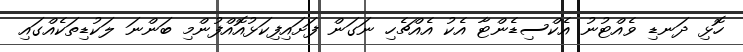
ހޮޅި ދަނޑި ވެއްޓުނު އެކްސިޑެންޓާ އެކު އެއްޗެހި ނަގަން ފަށައިފިކަޅުއޮއްފުންމި ބަންނަ ލަކުޑިތަކެއްގައި